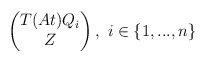
\begin{align*}\begin{pmatrix}T(At)Q_{i}\\Z\end{pmatrix},\textrm{ }i\in\{1,...,n\}\end{align*}